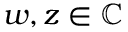
w , z \in \mathbb { C }